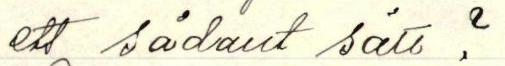
ett sådant sätt?